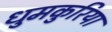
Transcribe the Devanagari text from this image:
धुमकुरिया